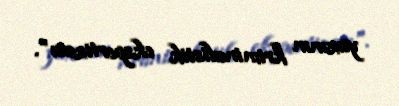
yazının kriminalistik ekspertizası".